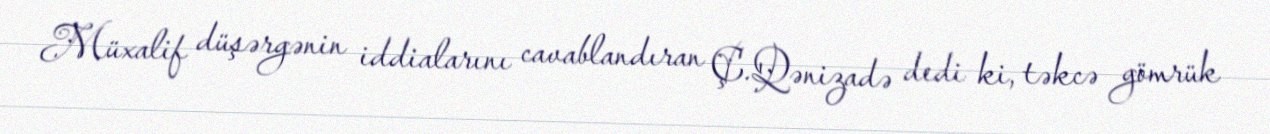
Müxalif düşərgənin iddialarını cavablandıran Ç.Qənizadə dedi ki, təkcə gömrük